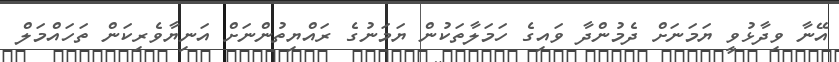
އޭނާ ވިދާޅުވީ ޔަމަނަށް ދެމުންދާ ވައިގެ ހަމަލާތަކުން ޔަމަނުގެ ރައްޔިތުންނަށް އަނިޔާވެރިކަން ތަހައްމަލް